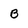
Character: B